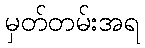
မှတ်တမ်းအရ